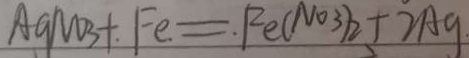
A g N O _ { 3 } + F e = F e ( N O _ { 3 } ) _ { 2 } + 2 A g .